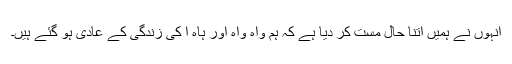
انہوں نے ہمیں اتنا حال مست کر دیا ہے کہ ہم واہ واہ اور ہاہ ا کی زندگی کے عادی ہو گئے ہیں۔